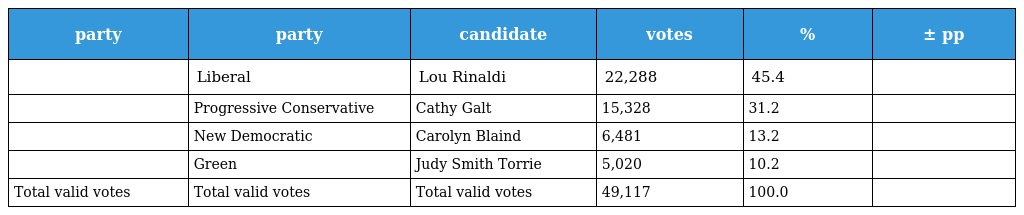
| party | party | candidate | votes | % | ± pp |
 | --- | --- | --- | --- | --- | --- |
 |  | Liberal | Lou Rinaldi | 22,288 | 45.4 |  |
 |  | Progressive Conservative | Cathy Galt | 15,328 | 31.2 |  |
 |  | New Democratic | Carolyn Blaind | 6,481 | 13.2 |  |
 |  | Green | Judy Smith Torrie | 5,020 | 10.2 |  |
 | Total valid votes | Total valid votes | Total valid votes | 49,117 | 100.0 |  |